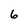
Character: 6